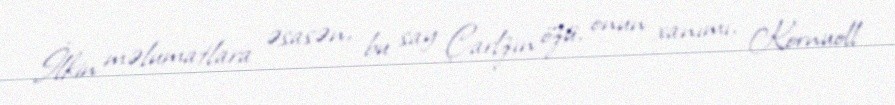
İlkin məlumatlara əsasən, bu say Çarlzın özü, onun xanımı, Kornuoll